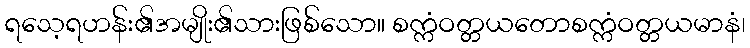
ရသေ့ရဟန်း၏အမျိုး၏သားဖြစ်သော။ စက္ကံဝတ္တယတောစက္ကံဝတ္တယမာနံ၊